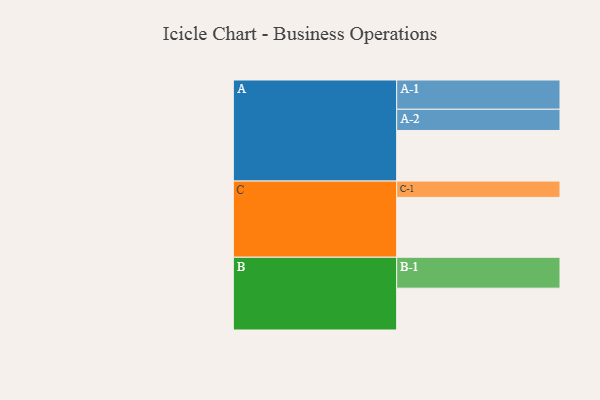
{"axis": {"x": "Segment", "y": "Value"}, "legend": ["", "A", "B", "C"], "data": [{"x": "A", "y": 427, "type": ""}, {"x": "B", "y": 353, "type": ""}, {"x": "C", "y": 505, "type": ""}, {"x": "A-1", "y": 247, "type": "A"}, {"x": "A-2", "y": 179, "type": "A"}, {"x": "B-1", "y": 261, "type": "B"}, {"x": "C-1", "y": 138, "type": "C"}]}